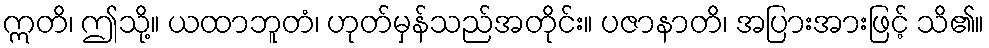
ဣတိ၊ ဤသို့။ ယထာဘူတံ၊ ဟုတ်မှန်သည်အတိုင်း။ ပဇာနာတိ၊ အပြားအားဖြင့် သိ၏။